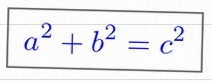
a^2+b^2=c^2